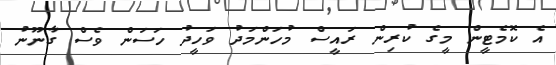
އެ ކޮމެޓީން މީގެ ކުރިން ރައީސް މުހަންމަދު ވަހީދު ހަސަން ވެސް ގާނޫނު